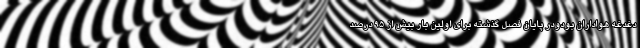
دغدغه هواداران بودودر پایان فصل گذشته برای اولین بار بیش از ۹۵ درصد